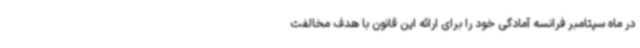
در ماه سپتامبر فرانسه آمادگی خود را برای ارائه این قانون با هدف مخالفت